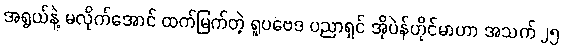
အရွယ်နဲ့ မလိုက်အောင် ထက်မြက်တဲ့ ရူပဗေဒ ပညာရှင် အိုပဲန်ဟိုင်မာဟာ အသက် ၂၅